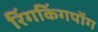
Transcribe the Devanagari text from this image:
रिंगकिंगपोंग